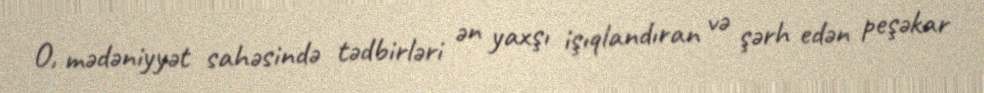
O, mədəniyyət sahəsində tədbirləri ən yaxşı işıqlandıran və şərh edən peşəkar